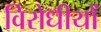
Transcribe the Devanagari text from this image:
विरोधीयों